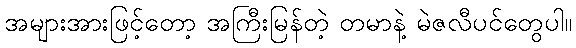
အများအားဖြင့်တော့ အကြီးမြန်တဲ့ တမာနဲ့ မဲဇလီပင်တွေပါ။